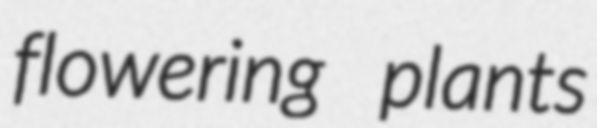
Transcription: flowering plants